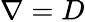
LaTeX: \nabla=D